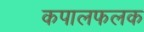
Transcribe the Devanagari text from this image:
कपालफलक